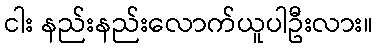
ငါး နည်းနည်းလောက်ယူပါဦးလား။